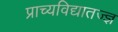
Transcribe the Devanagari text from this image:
प्राच्यविद्यातज्‍ज्ञ